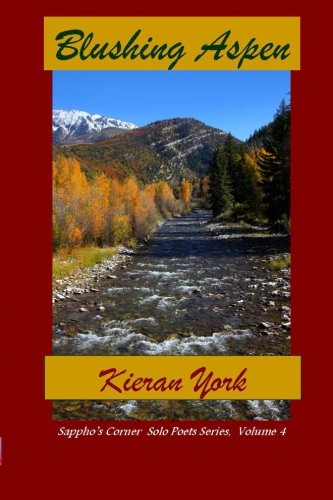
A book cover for Blushing Aspen (Sappho's Corner Solo Poets Series) (Volume 4); Kieran York; Gay & Lesbian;